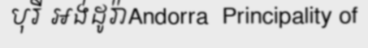
បុរី អង់ដូរ៉ាAndorra  Principality of